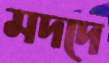
মদদে